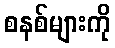
စနစ်များကို